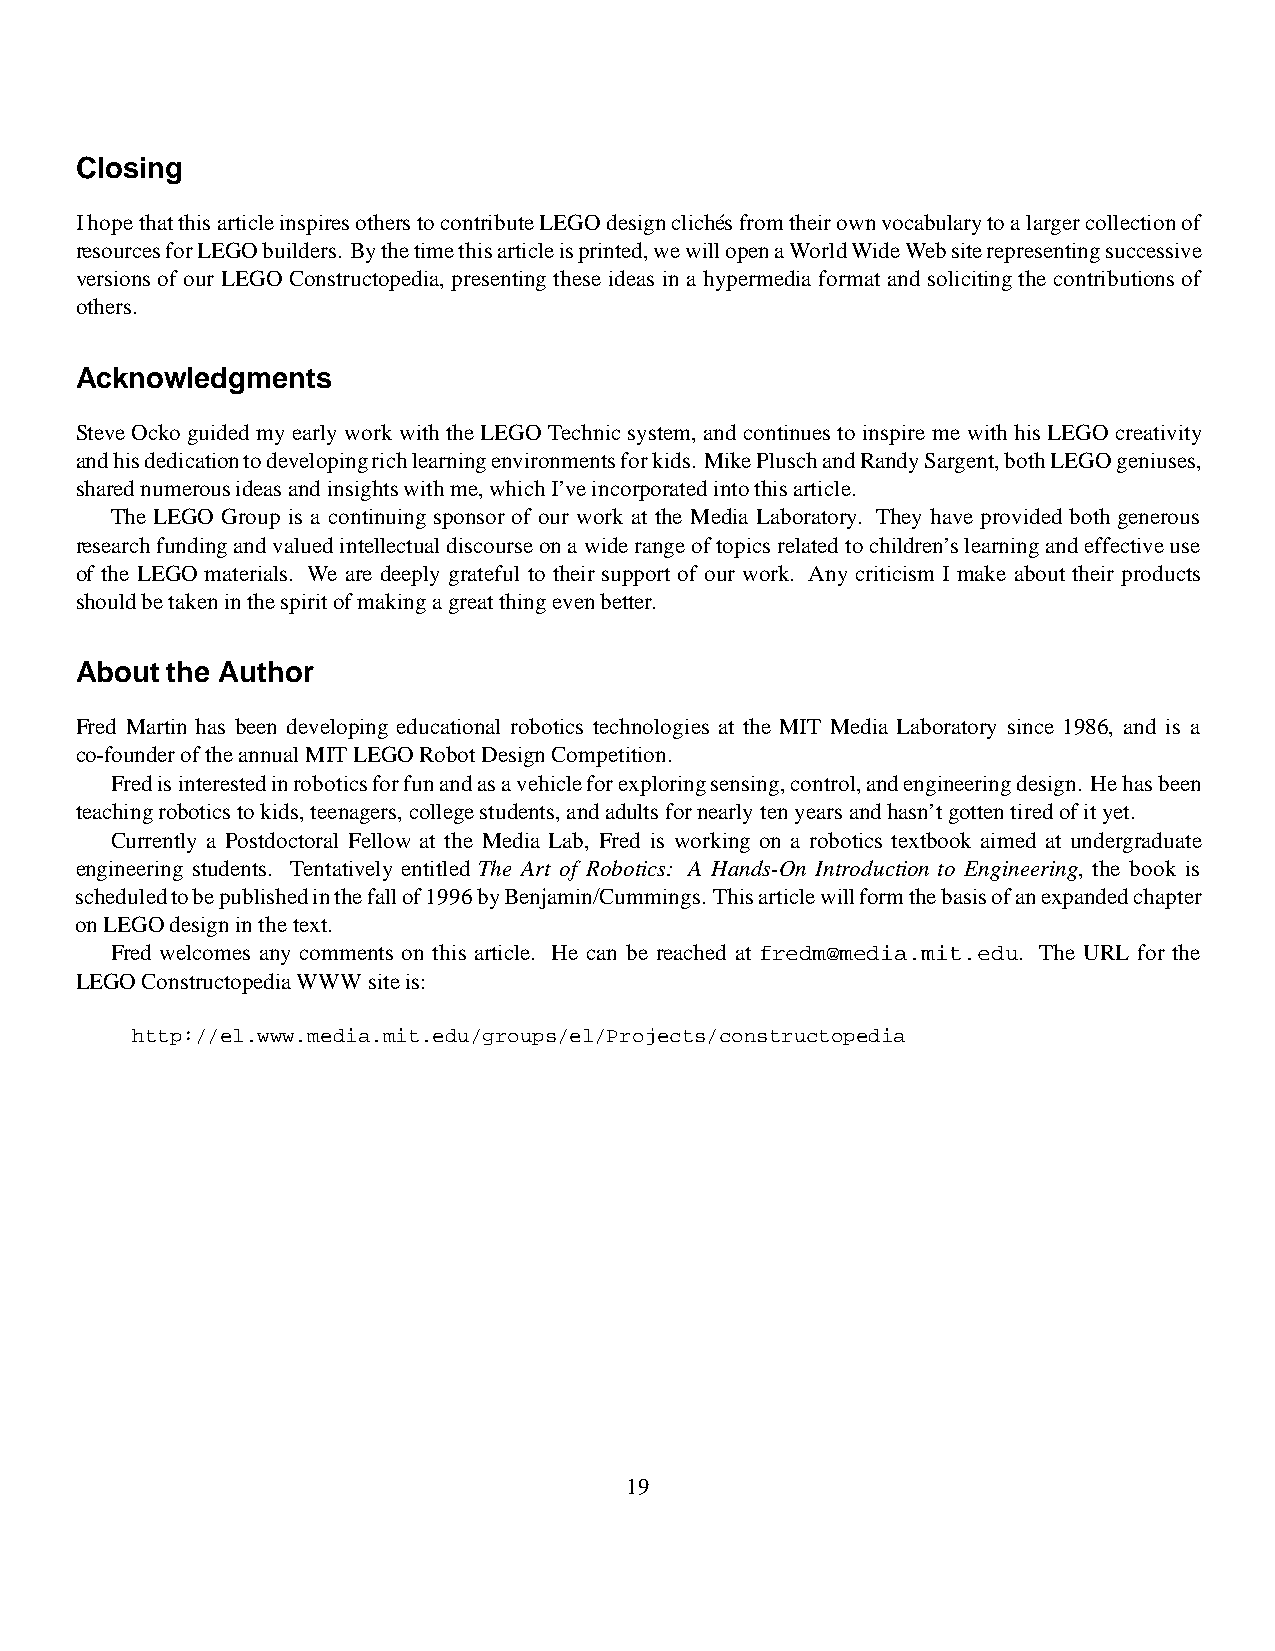
Closing
 IhopethatthisarticleinspiresotherstocontributeLEGOdesigncliche´sfromtheirownvocabularytoalargercollectionof
 resourcesforLEGObuilders. Bythetimethisarticleisprinted,wewillopenaWorldWideWebsiterepresentingsuccessive
 versionsof our LEGO Constructopedia, presenting these ideas in a hypermedia format and solicitingthe contributionsof
 others.
 Acknowledgments
 SteveOckoguided my early work with the LEGO Technicsystem, and continues to inspire me withhis LEGO creativity
 andhisdedicationtodevelopingrichlearningenvironmentsforkids. MikePluschandRandySargent,bothLEGOgeniuses,
 sharednumerousideasandinsightswithme,whichI’veincorporatedintothisarticle.
 The LEGO Group is a continuing sponsor of our work at the Media Laboratory. They have provided both generous
 researchfundingandvaluedintellectualdiscourseona widerangeoftopicsrelated tochildren’slearningandeffectiveuse
 of the LEGO materials. We are deeply grateful to their support of our work. Any criticism I make about their products
 shouldbetakeninthespiritofmakingagreatthingevenbetter.
 About the Author
 Fred Martin has been developing educational robotics technologies at the MIT Media Laboratory since 1986, and is a
 co-founderoftheannualMITLEGORobotDesignCompetition.
 Fredisinterestedinroboticsforfunandasavehicleforexploringsensing,control,andengineeringdesign. Hehasbeen
 teachingroboticstokids,teenagers,collegestudents,andadultsfornearlytenyearsandhasn’tgottentiredofityet.
 Currently a Postdoctoral Fellow at the Media Lab, Fred is working on a robotics textbook aimed at undergraduate
 engineering students. Tentatively entitled The Art of Robotics: A Hands-On Introduction to Engineering, the book is
 scheduledtobepublishedinthefallof1996byBenjamin/Cummings. Thisarticlewillformthebasisofanexpandedchapter
 onLEGOdesigninthetext.
 Fred welcomes any comments on this article. He can be reached at fredm@media.mit.edu. The URL for the
 LEGOConstructopediaWWWsiteis:
 http://el.www.media.mit.edu/groups/el/Projects/constructopedia
 19